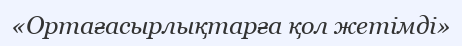
«Ортағасырлықтарға қол жетімді»